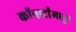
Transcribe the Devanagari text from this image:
कॉन्सर्टांंमधून